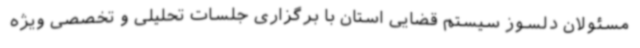
مسئولان دلسوز سیستم قضایی استان با برگزاری جلسات تحلیلی و تخصصی ویژه